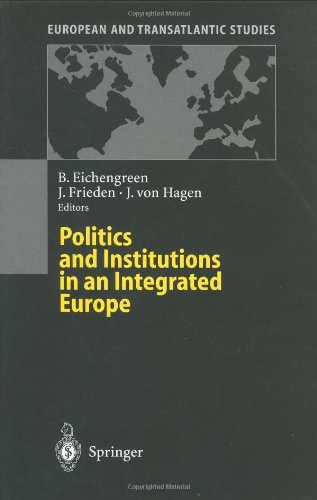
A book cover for Politics and Institutions in an Integrated Europe (European and Transatlantic Studies); Business & Money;